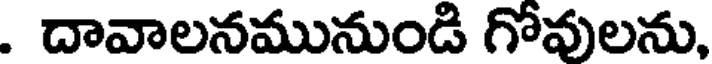
. దావాలనమునుండి గోవులను,